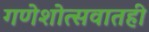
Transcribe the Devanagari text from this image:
गणेशोत्सवातही